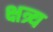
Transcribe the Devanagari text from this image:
क्षत्र्य